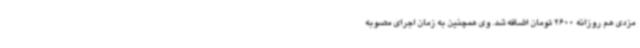
مزدی هم روزانه 2600 تومان اضافه شد. وی همچنین به زمان اجرای مصوبه